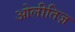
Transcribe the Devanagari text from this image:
ओलीतिज़